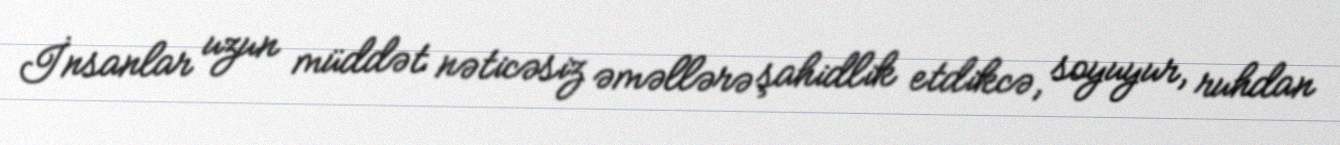
İnsanlar uzun müddət nəticəsiz əməllərə şahidlik etdikcə, soyuyur, ruhdan